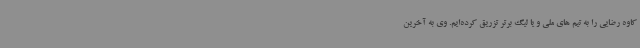
کاوه رضایی را به تیم های ملی و یا لیگ برتر تزریق کرده‌ایم. وی به آخرین